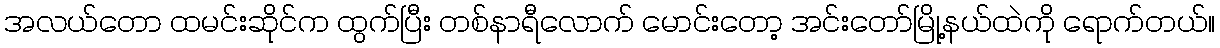
အလယ်တော ထမင်းဆိုင်က ထွက်ပြီး တစ်နာရီလောက် မောင်းတော့ အင်းတော်မြို့နယ်ထဲကို ရောက်တယ်။